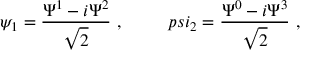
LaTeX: \psi _ { 1 } = \frac { \Psi ^ { 1 } - i \Psi ^ { 2 } } { \sqrt 2 } \ , \ \ \ \ \ \ \ \, p s i _ { 2 } = \frac { \Psi ^ { 0 } - i \Psi ^ { 3 } } { \sqrt 2 } \ ,